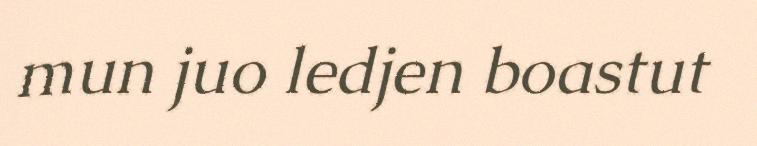
mun juo ledjen boastut